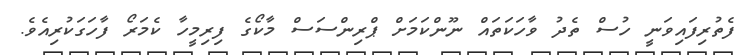
ފެތުރިފައިވަނީ ހުސް ތެދު ވާހަކަތައް ނޫންކަމަށް ޕްރިންސަސް މާކޯގެ ފިރިމީހާ ކެމަރޯ ފާހަގަކުރިއެވެ.